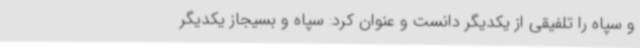
و سپاه را تلفیقی از یکدیگر دانست و عنوان کرد: سپاه و بسیجاز یکدیگر